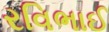
રવિભાઈ